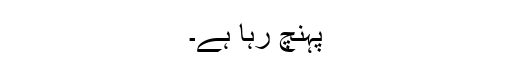
پہنچ رہا ہے۔